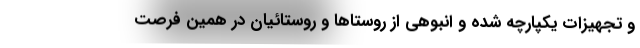
و تجهیزات یکپارچه شده و انبوهی از روستاها و روستائیان در همین فرصت